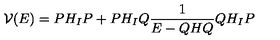
{ \cal V } ( E ) = P H _ { I } P + P H _ { I } Q \frac { 1 } { E - Q H Q } Q H _ { I } P